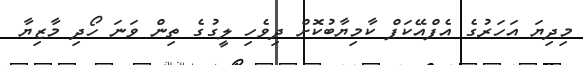
މިދިޔަ އަހަރުގެ އެފްއޭކަޕް ކާމިޔާބުކޮށް ދިވެހި ލީގުގެ ތިން ވަނަ ހޯދި މާޒިޔާ